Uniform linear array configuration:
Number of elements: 32
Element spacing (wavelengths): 1
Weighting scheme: blackman
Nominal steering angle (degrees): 30
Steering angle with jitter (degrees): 30.67
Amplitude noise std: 0.05
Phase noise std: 0.05

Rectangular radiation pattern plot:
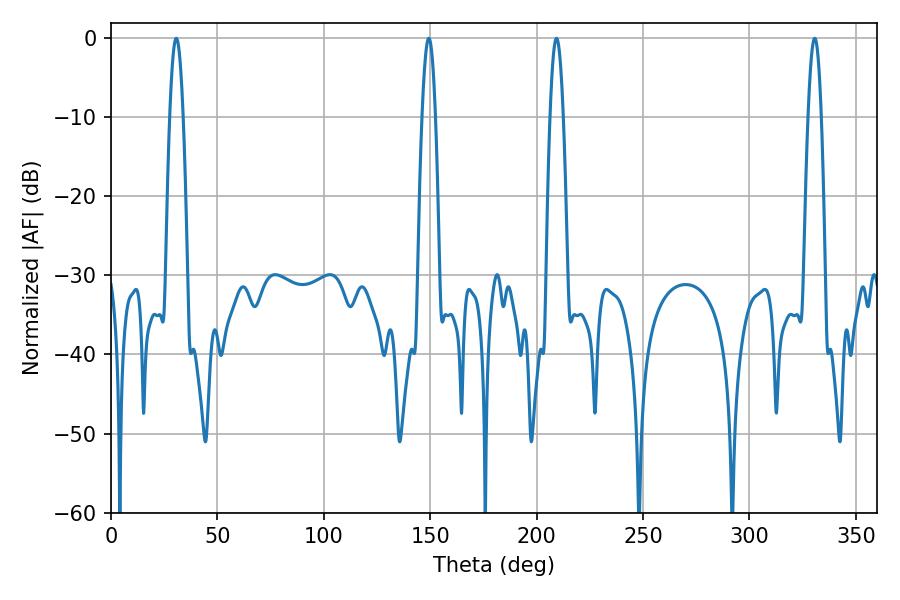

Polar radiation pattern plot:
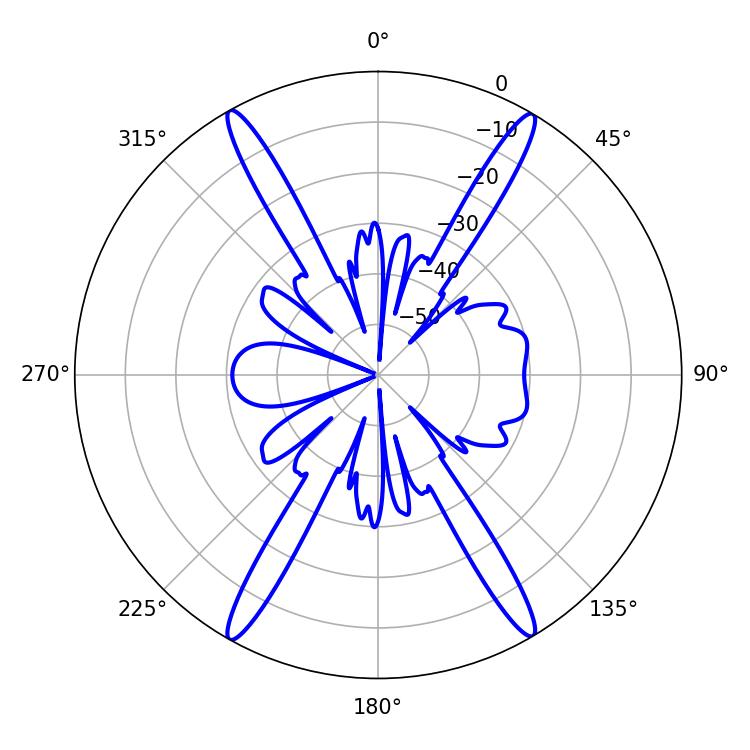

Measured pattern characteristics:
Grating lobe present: TRUE
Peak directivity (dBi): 27.168
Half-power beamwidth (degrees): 3.24
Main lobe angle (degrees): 209.34